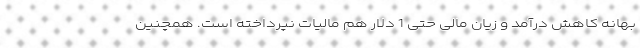
بهانه کاهش درآمد و زیان مالی حتی 1 دلار هم مالیات نپرداخته است. همچنین